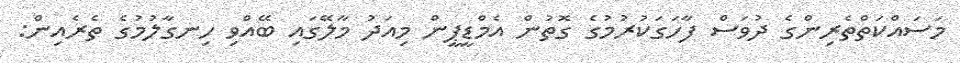
މަސައްކަތްތެރިންގެ ދުވަސް ފާހަގަކުރުމުގެ ގޮތުން އެމްޑީޕީން މިއަދު މާލޭގައި ބޭއްވި ހިނގާލުމުގެ ތެރެއިން: